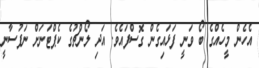
އެހެން މީހެއްގެ ބޯ ވަނީ ފަޅައިގެން ގޮސްފައެވެ. އަދި ލޯންޗުގެ ކެޕްޓަނަށް ނަފުސާނީ